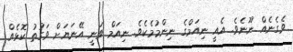
ވެގެނެއް ނޫނެވެ. އެއީ ނިއަމްގެ ނިންމުމެކެވެ. ނިއަމް ވަނީ އޭނަޔަށް ވަގުތު ކޮޅެއް